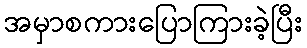
အမှာစကားပြောကြားခဲ့ပြီး